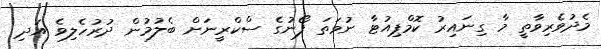
މެދުވެރިވާތީ މާ ގިނައިރު ކޮމްޕިއުޓާ ނުވަތަ ފޯނުގެ ސްކްރީނަށް ބެލުމުން ދުރުހެލިވެ އަދި